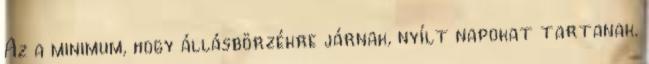
Az a minimum, hogy állásbörzékre járnak, nyílt napokat tartanak.